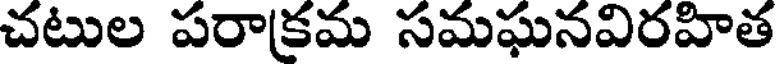
చటుల పరాకమ సమఘనవిరహిత